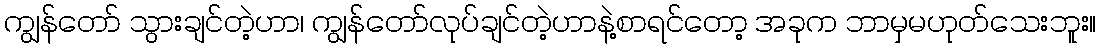
ကျွန်တော် သွားချင်တဲ့ဟာ၊ ကျွန်တော်လုပ်ချင်တဲ့ဟာနဲ့စာရင်တော့ အခုက ဘာမှမဟုတ်သေးဘူး။